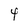
Character: 4